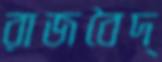
রাজবৈদ্